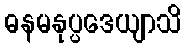
ဓနမနုပ္ပဒေယျာသိ